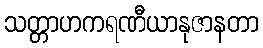
သတ္တာဟကရဏီယာနုဇာနတာ